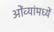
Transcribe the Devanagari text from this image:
ओंव्यांमध्यें